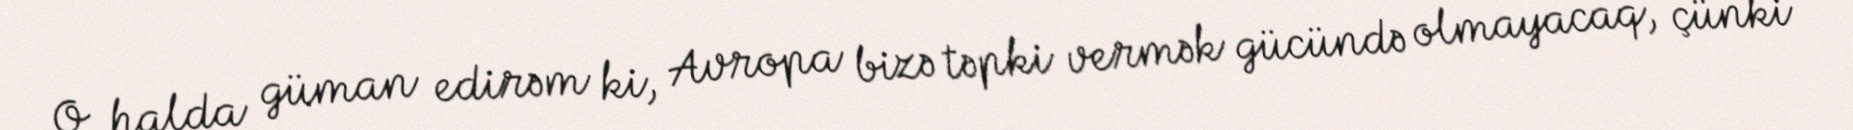
O halda güman edirəm ki, Avropa bizə təpki vermək gücündə olmayacaq, çünki